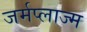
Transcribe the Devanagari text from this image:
जर्मप्लाज्म